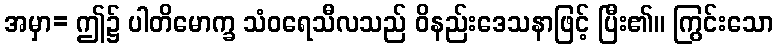
အမှာ= ဤ၌ ပါတိမောက္ခ သံဝရေသီလသည် ဝိနည်းဒေသနာဖြင့် ပြီး၏။ ကြွင်းသော